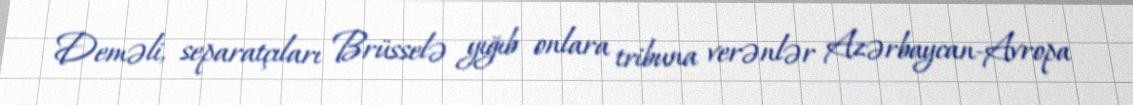
Deməli, separatçıları Brüsselə yığıb onlara tribuna verənlər Azərbaycan-Avropa